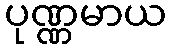
ပုဏ္ဏမာယ